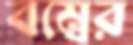
বম্বের